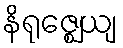
နိရုဇ္ဈေယျ